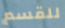
للقسم